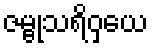
ဇမ္ဗုသရိဝှယေ